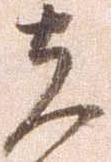
先